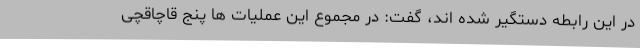
در این رابطه دستگیر شده اند، گفت: در مجموع این عملیات ها پنج قاچاقچی